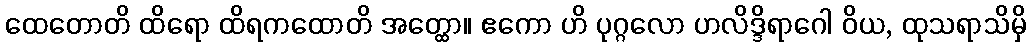
ထေတောတိ ထိရော ထိရကထောတိ အတ္ထော။ ဧကော ဟိ ပုဂ္ဂလော ဟလိဒ္ဒိရာဂေါ ဝိယ, ထုသရာသိမှိ